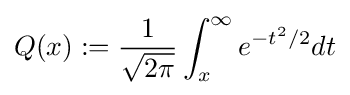
Q(x):={\frac {1}{\sqrt {2\pi }}}\int _{x}^{\infty }e^{-t^{2}/2}dt